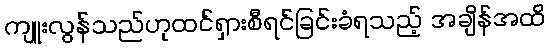
ကျူးလွန်သည်ဟုထင်ရှားစီရင်ခြင်းခံရသည့် အချိန်အထိ